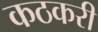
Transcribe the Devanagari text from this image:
कठकरी